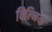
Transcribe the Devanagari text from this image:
विल्निया